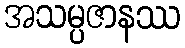
အသမ္ပဇာနဿ